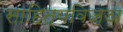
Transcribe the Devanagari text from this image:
साहित्यविज्ञ